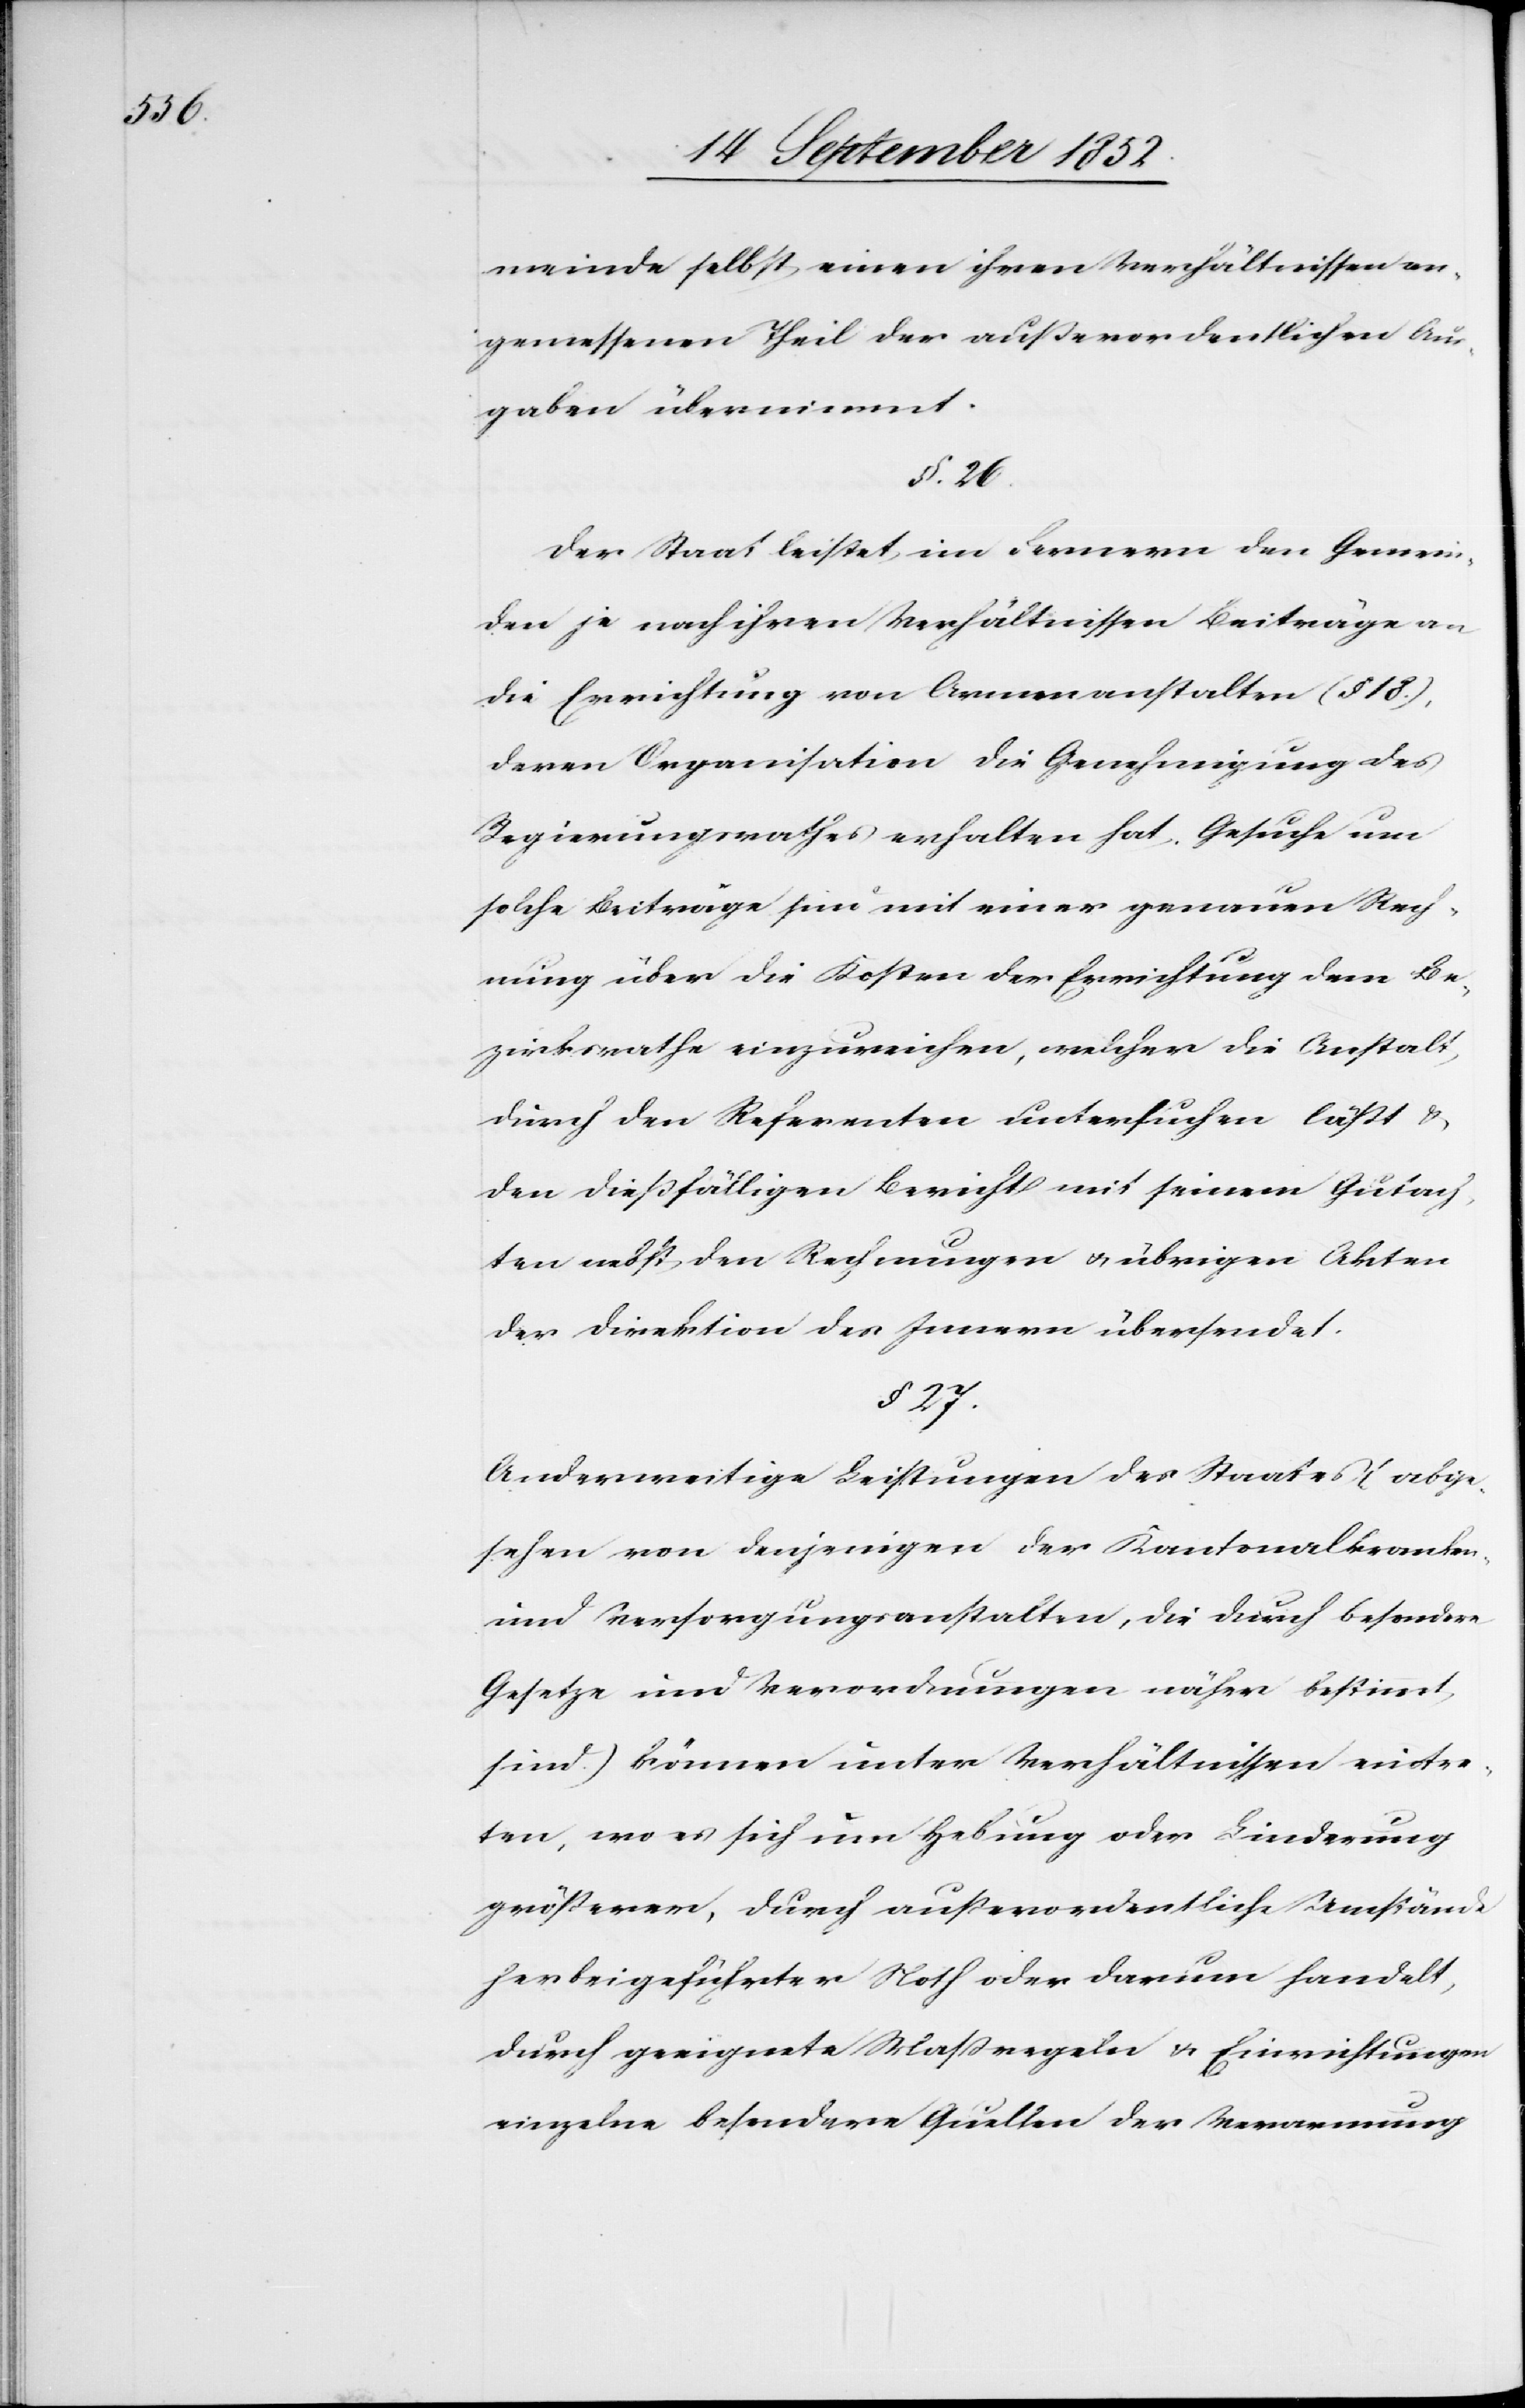
meinde selbst einen ihren Verhältnissen an¬
gemessenen Theil der außerordentlichen Aus¬
gaben übernimmt.
§. 26.
Der Staat leistet im Fernern den Gemein¬
den je nach ihren Verhältnissen Beiträge an
die Errichtung von Armenanstalten (§ 18.),
deren Organisation die Genehmigung des
Regierungsrathes erhalten hat. Gesuche um
solche Beiträge sind mit einer genauen Rech¬
nung über die Kosten der Errichtung dem Be¬
zirksrathe einzureichen, welcher die Anstalt
durch den Referenten untersuchen läßt &
den dießfälligen Bericht mit seinem Gutach¬
ten nebst den Rechnungen & übrigen Akten
der Direktion des Innern übersendet.
§ 27.
Anderweitige Leistungen des Staates (abge¬
sehen von denjenigen der Kantonalkranken-
und Versorgungsanstalten, die durch besondere
Gesetze und Verordnungen näher bestimmt
sind.) können unter Verhältnissen eintre¬
ten, wo es sich um Hebung oder Linderung
größerer, durch außerordentliche Umstände
herbeigeführter Noth oder darum handelt,
durch geeignete Maßregeln & Einrichtungen
einzelne besondere Quellen der Verarmung